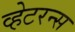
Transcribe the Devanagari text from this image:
व्हेटरन्स